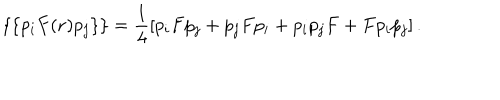
LaTeX: \{ \{ p _ { i } F ( { \bf r } ) p _ { j } \} \} = \frac { 1 } { 4 } \left[ p _ { i } F p _ { j } + p _ { j } F p _ { i } + p _ { i } p _ { j } F + F p _ { i } p _ { j } \right] .